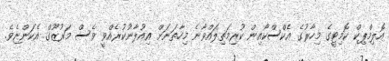
އޮލިމްޕިކް ކޮމިޓީގެ މިހާރުގެ އެކްސްކޯއިން ކުރިމަތިލައްވާނެ މިހާތަނަށް އިއުލާނުކުރެއްވީ ވެސް މަރުޒޫގް އެކަންޏެވެ.